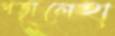
পড়ালেহা